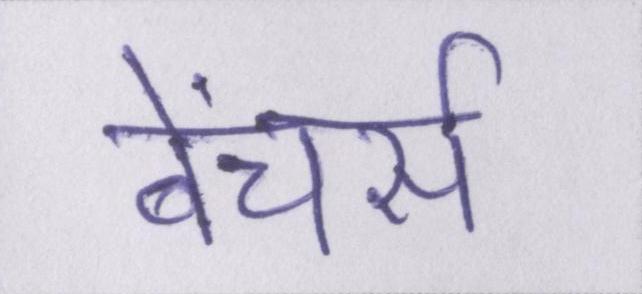
बेंचर्स